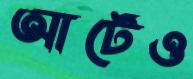
আর্টেও